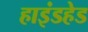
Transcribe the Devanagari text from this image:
हाइंडहेड